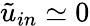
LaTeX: \tilde{u}_{in}\simeq 0